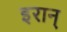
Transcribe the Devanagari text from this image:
इरान्